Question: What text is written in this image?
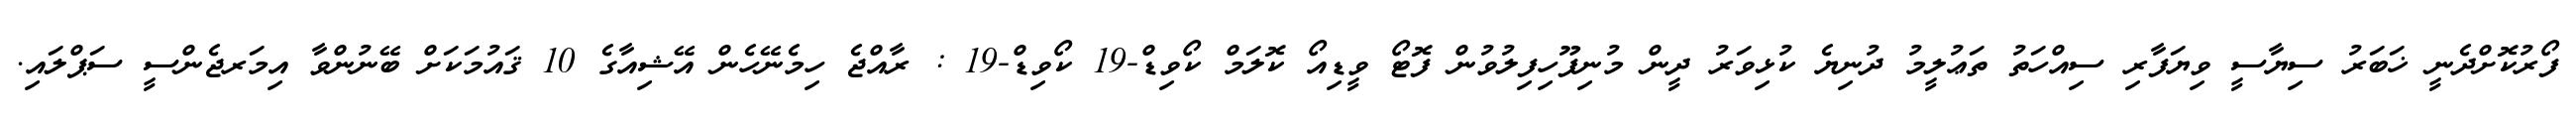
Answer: ފޯރުކޮށްދެނީ ޚަބަރު ސިޔާސީ ވިޔަފާރި ސިއްހަތު ތަޢުލީމު ދުނިޔެ ކުޅިވަރު ދީން މުނިފޫހިފިލުވުން ފޮޓޯ ވީޑިއޯ ކޮލަމް ކޯވިޑް-19 ކޯވިޑް-19 : ރާއްޖެ ހިމެނޭހެން އޭޝިއާގެ 10 ޤައުމަކަށް ބޭނުންވާ އިމަރޖެންސީ ސަޕްލައި.